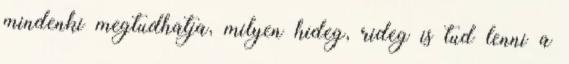
mindenki megtudhatja, milyen hideg, rideg is tud lenni a